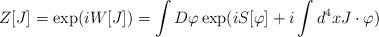
LaTeX: \begin{align*}Z[J]=\exp(iW[J])=\int D\varphi\exp(iS[\varphi]+i\int d^4x J\cdot\varphi)\end{align*}